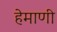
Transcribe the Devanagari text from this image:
हेमाणी